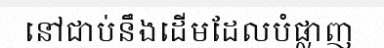
នៅជាប់នឹងដើមដែលបំផ្លាញ